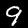
Label: 9